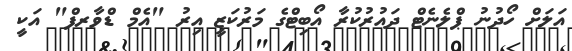
އަލަށް ހޯދުނު ޕްލެނެޓް ދައުރުކުރާ އޯބިޓްގެ މަރުކަޒީ އިރު "އެމް ޑްވާރފް" އަކީ